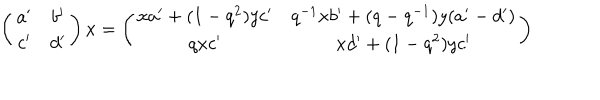
LaTeX: \left( \begin{matrix} { { a ^ { \prime } } } & { { b ^ { \prime } } } \\ { { c ^ { \prime } } } & { { d ^ { \prime } } } \\ \end{matrix} \right) x = \left( \begin{matrix} { { x a ^ { \prime } + ( 1 - q ^ { 2 } ) y c ^ { \prime } } } & { { q ^ { - 1 } x b ^ { \prime } + ( q - q ^ { - 1 } ) y ( a ^ { \prime } - d ^ { \prime } ) } } \\ { { q x c ^ { \prime } } } & { { x d ^ { \prime } + ( 1 - q ^ { 2 } ) y c ^ { \prime } } } \\ \end{matrix} \right)